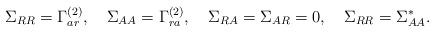
LaTeX: \begin{align*} \Sigma_{RR} = \Gamma^{(2)}_{ar},\quad \Sigma_{AA} = \Gamma^{(2)}_{ra},\quad \Sigma_{RA} = \Sigma_{AR} = 0,\quad \Sigma_{RR} = \Sigma^*_{AA} .\end{align*}